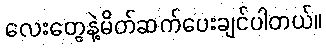
လေးတွေနဲ့မိတ်ဆက်ပေးချင်ပါတယ်။